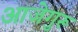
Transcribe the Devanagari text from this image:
आजेगुरू